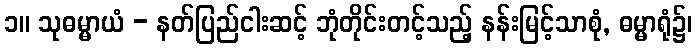
၁။ သုဓမ္မာယံ - နတ်ပြည်ငါးဆင့် ဘုံတိုင်းတင့်သည့် နန်းမြင့်သာစုံ, ဓမ္မာရုံ၌၊